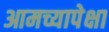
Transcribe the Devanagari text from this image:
आमच्यापेक्षा